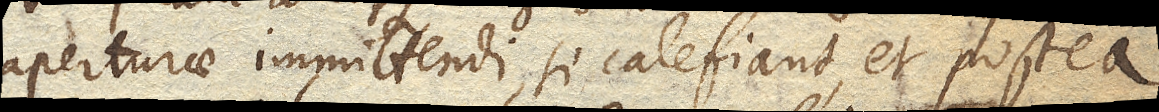
aperturae immittendi, si calefiant, et postea